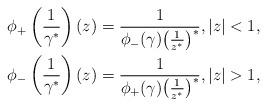
LaTeX: \begin{gather*}\phi_+\left(\frac1{\gamma^*}\right)(z)=\frac1{\phi_-(\gamma)\big(\frac1{z^*}\big)^*},\vert z\vert <1,\\\phi_-\left(\frac1{\gamma^*}\right)(z)=\frac1{\phi_+(\gamma)\big(\frac1{z^*}\big)^*},\vert z \vert>1,\end{gather*}